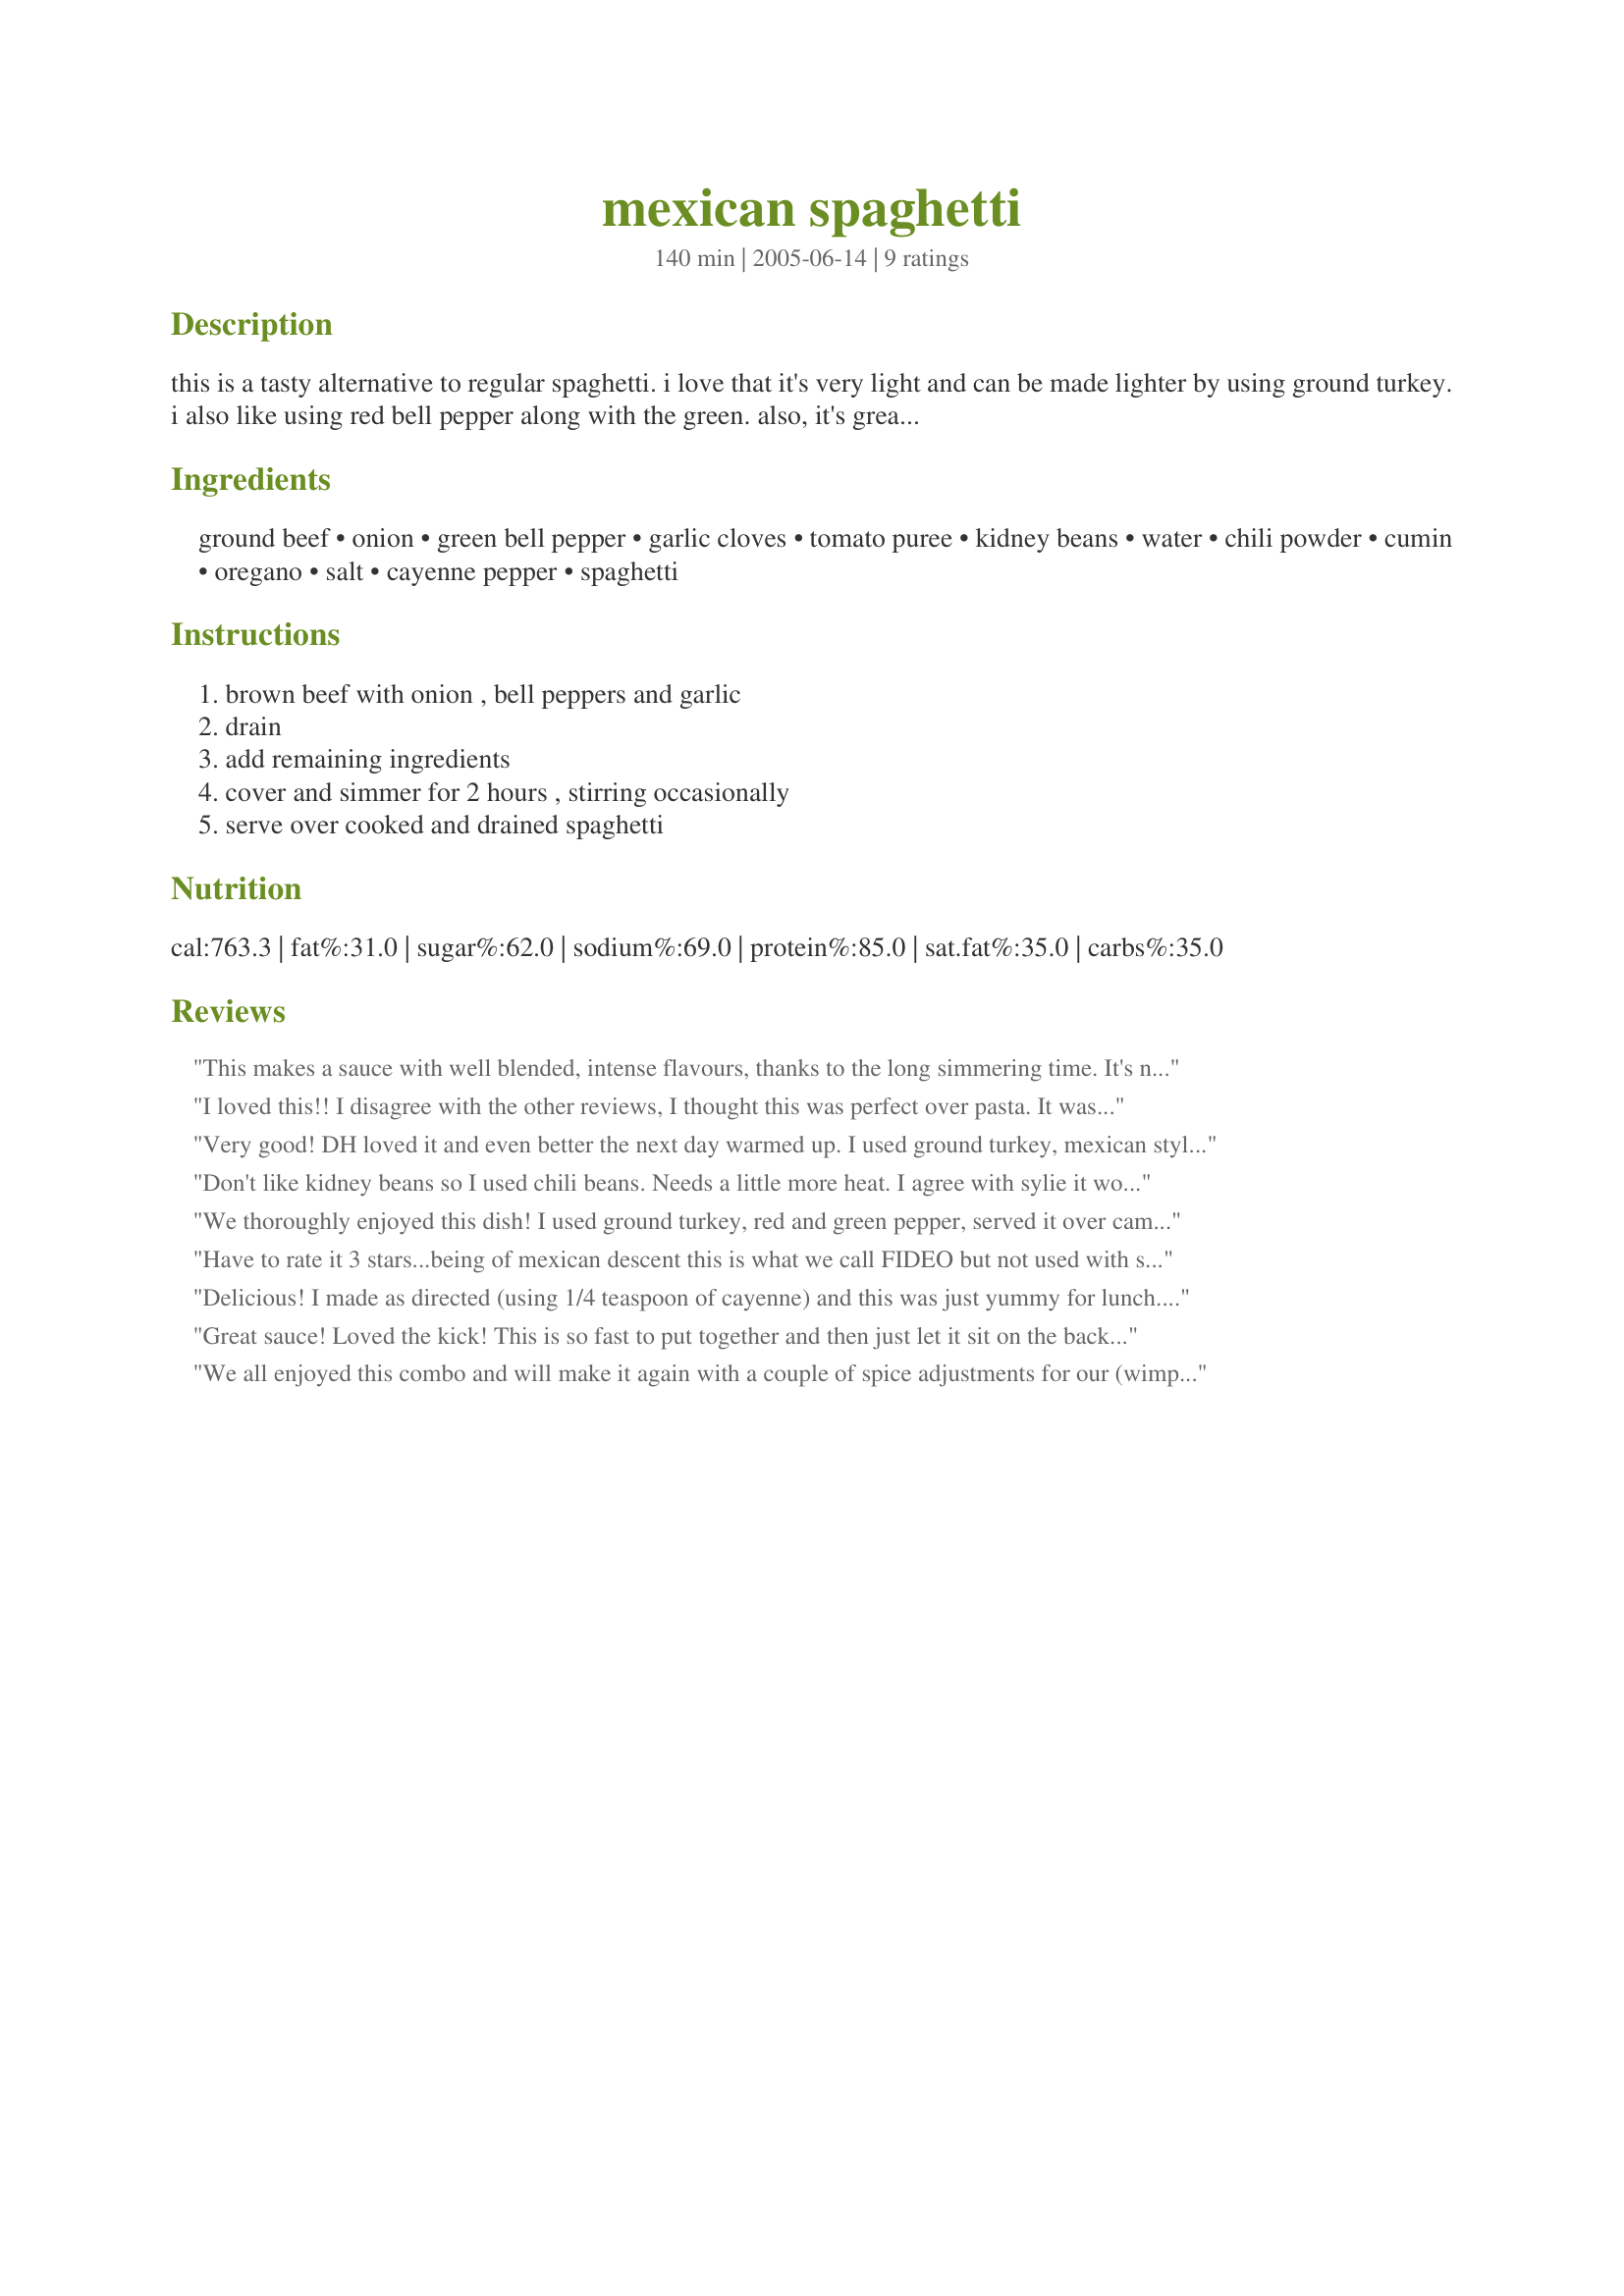
mexican spaghetti
Preparation time: 140 minutes

this is a tasty alternative to regular spaghetti. i love that it's very light and can be made lighter by using ground turkey. i also like using red bell pepper along with the green. also, it's great over any kind of pasta you want. i've used corkscrew and elbows before!!!

Ingredients:
ground beef, onion, green bell pepper, garlic cloves, tomato puree, kidney beans, water, chili powder, cumin, oregano, salt, cayenne pepper, spaghetti

Steps:
brown beef with onion , bell peppers and garlic, drain, add remaining ingredients, cover and simmer for 2 hours , stirring occasionally, serve over cooked and drained spaghetti

Reviews:
This makes a sauce with well blended, intense flavours, thanks to the long simmering time. It's not much work to do though, because once all the browning is done, it pretty much looks after itself. I realised that I had run out of red kidney beans, but not until after I had started to cook, so I used white kidney beans (canellini beans) as a substitute. I like the kick the chili powder and cayenne add, but think I'd prefer it served over rice, with corn bread or as a filling for a jacket potato, rather than over pasta. It makes a nice change from a standard bolognese or other pasta sauce though. Thanks for sharing.
I loved this!! I disagree with the other reviews, I thought this was perfect over pasta. It was different from a regular spaghetti sauce since it is like putting chili over pasta, but I really liked that. I made this vegetarian by using Yves Vegetarian Ground Round. The spices were great, although personally I wouldn't have wanted to go with any more than the 2 tbsp chili powder. I did use some red bell pepper along with some green as I ran out. I really enjoyed this dish and will be making it again!
Very good! DH loved it and even better the next day warmed up. I used ground turkey, mexican style beans, not quite all the chili powder, and elbow macaroni. This is wonderful for a easy and simple dinner or lunch.
Don't like kidney beans so I used chili beans. Needs a little more heat.
I agree with sylie it would be better over rice or in a taco shell.
 We thoroughly enjoyed this dish! I used ground turkey, red and green pepper, served it over campanelle pasta, used probably 1/2 of the chili powder and even less of the cayenne. That is only because we have little ones who needed to eat dinner too! We will definitely be using this recipe again. We might give it a go over baked potatoes, in a wrap, etc. but we like it just as well over pasta. Thanks for sharing it!
Have to rate it 3 stars...being of mexican descent this is what we call FIDEO but not used with spaghetti pasta but instead vermicelli (fideo). Although the taste were almost similar. Pretty good recipe.
Delicious! I made as directed (using 1/4 teaspoon of cayenne) and this was just yummy for lunch. I shredded up some medium cheddar and chopped up some green onions to throw on top. My dad stopped by as I was setting the table for my hubby and I, and he grabbed a plate and ate with us - he LOVED this, raved about how it was better than my regular spaghetti sauce (which he really likes, too). He liked it so much, in fact, that he took the left-overs home with him. Hubby & I thought this was tasty, too. Groovy GastroGnome travelling the ZWT5. Thanks for posting this recipe for the tour! I will make it again!
Great sauce! Loved the kick! This is so fast to put together and then just let it sit on the back burner til you are ready for supper! Fantastic! The family said they would rather have this over elbow noodles but that is just their opinion! lol Thanks Charmie for a great weeknight or any night meal!
We all enjoyed this combo and will make it again with a couple of spice adjustments for our (wimpy) palates. The plates were licked clean so I would say it was a hit! We often put our chili over rice and this would also be great served that way. Thanks for sharing your recipe, Charmie!
